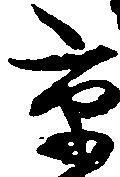
京